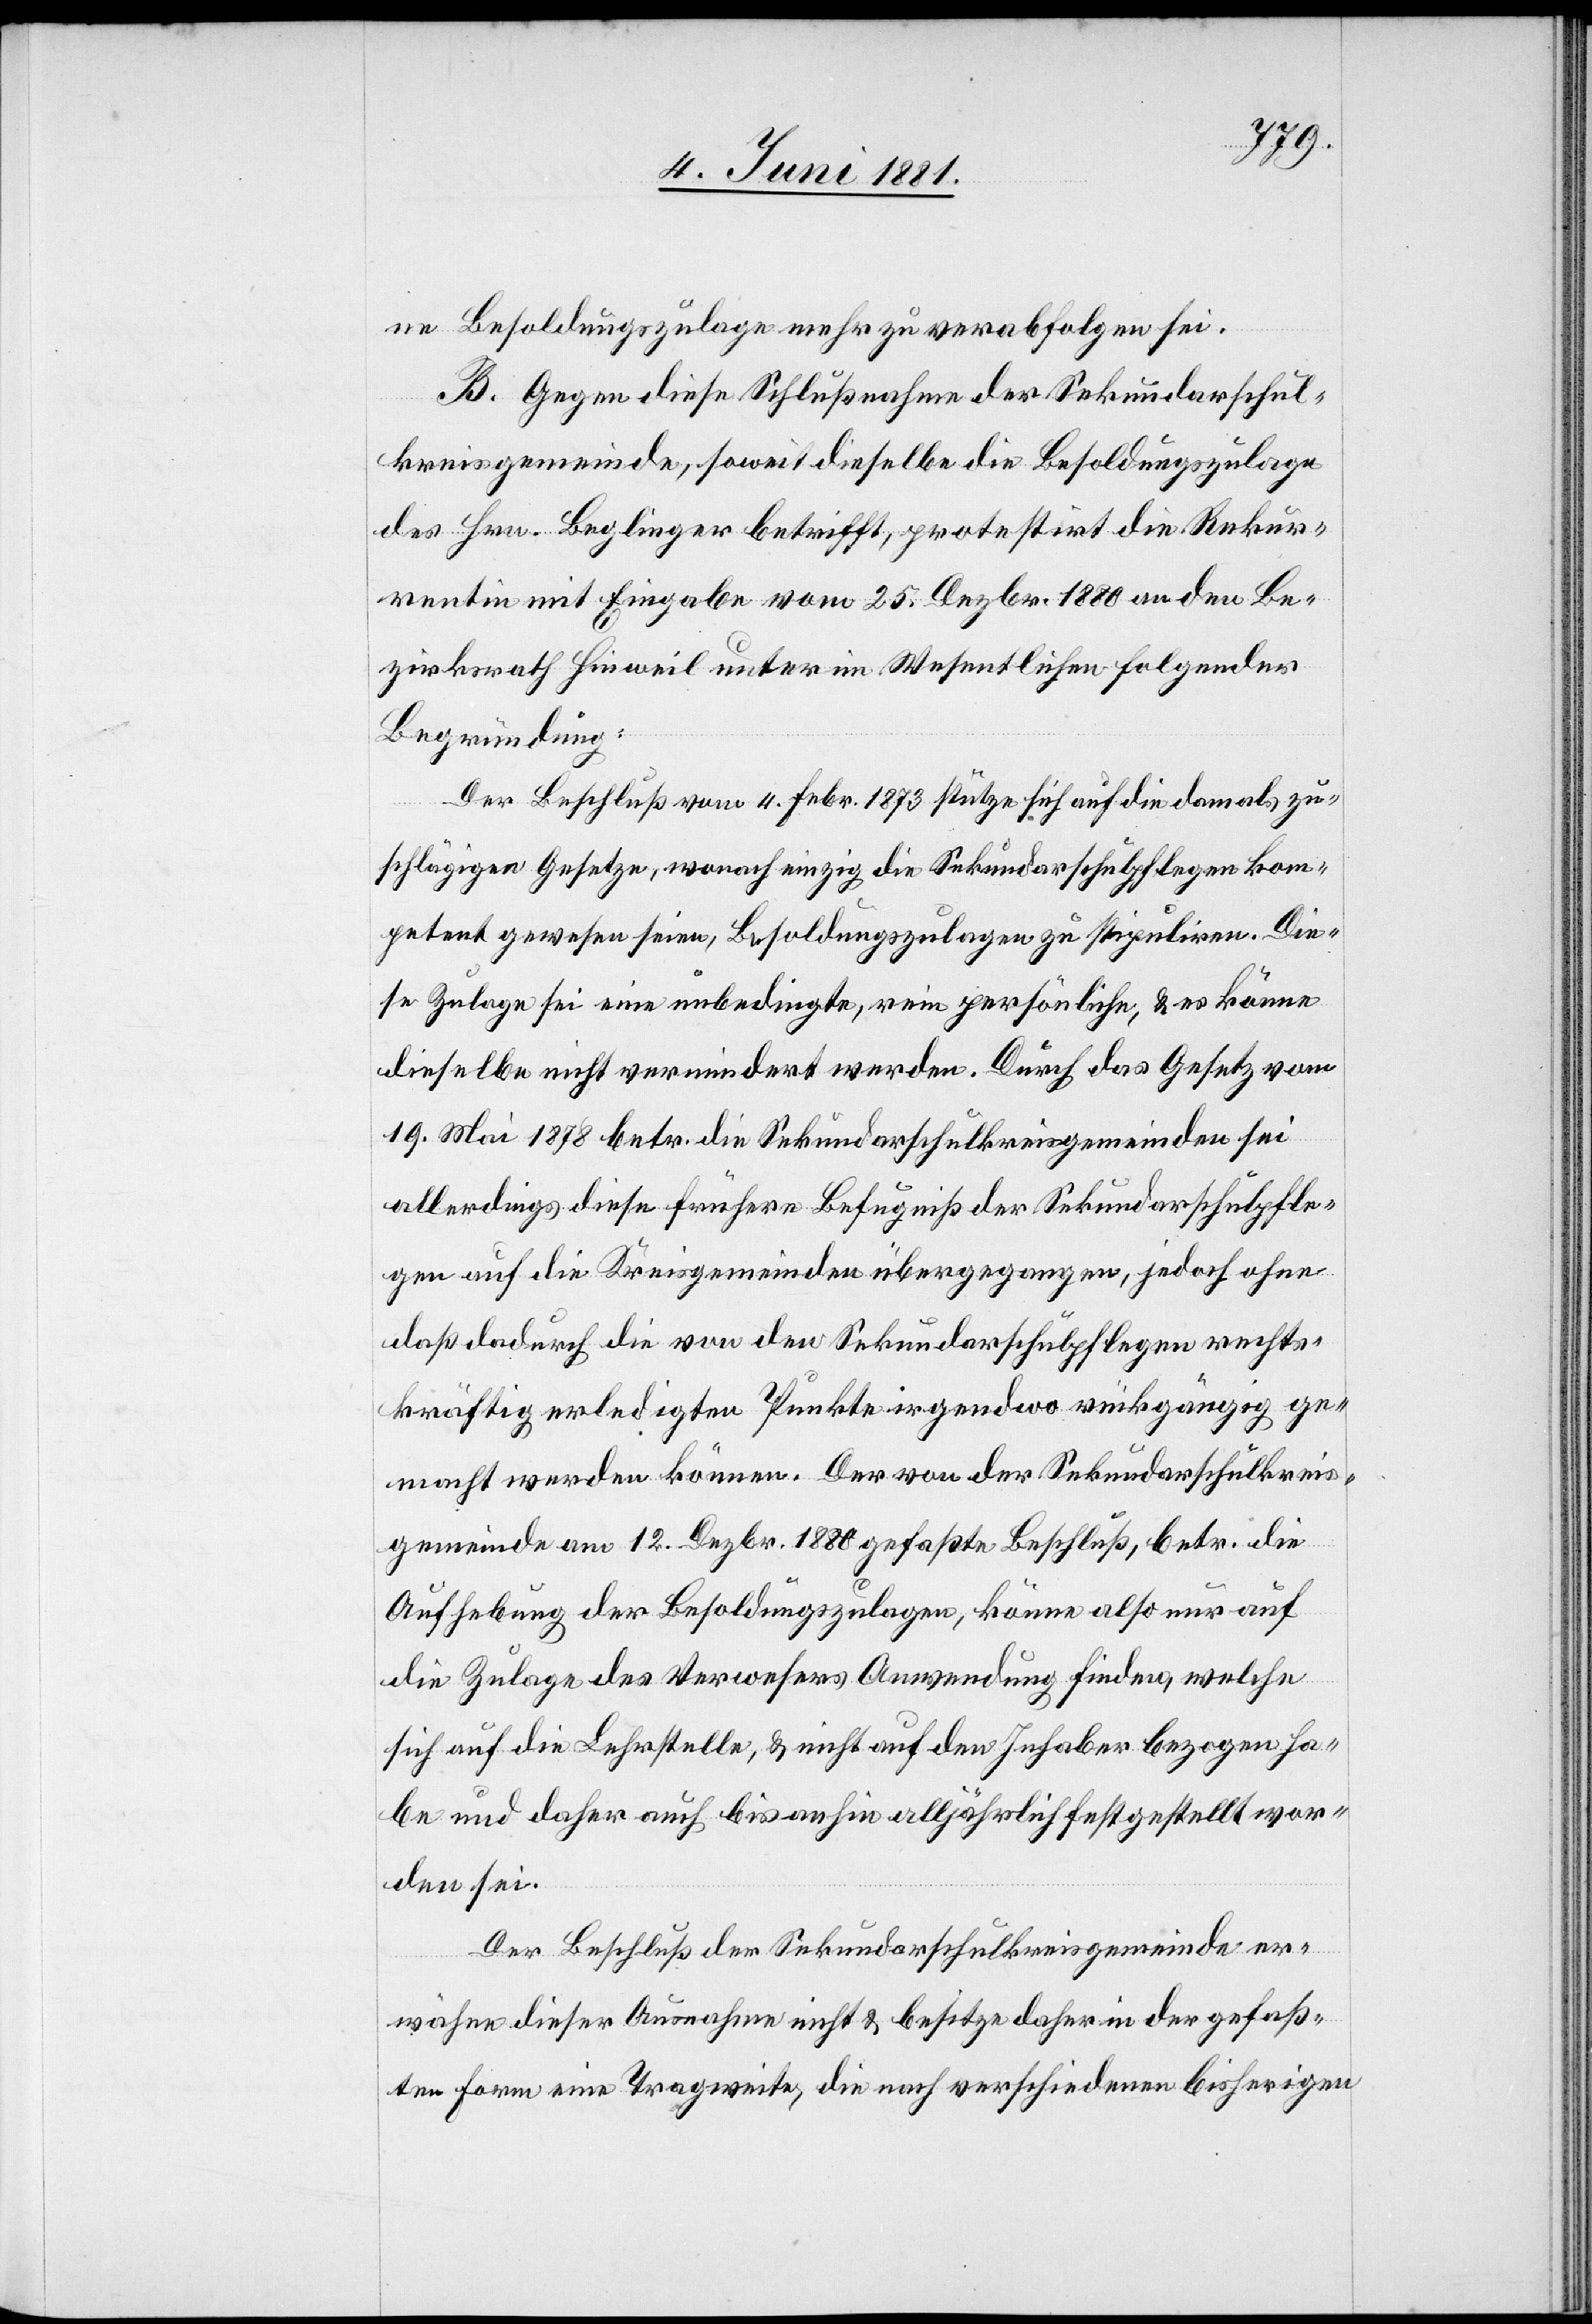
ne Besoldungszulage mehr zu verabfolgen sei.
B. Gegen diese Schlußnahme der Sekundarschul¬
kreisgemeinde, soweit dieselbe die Besoldungszulage
des Hrn. Beglinger betrifft, protestirt die Rekur¬
rentin mit Eingabe vom 25. Dezbr. 1880 an den Be¬
zirksrath Hinweil unter im Wesentlichen folgender
Begründung:
Der Beschluß vom 4. Febr. 1873 stütze sich auf die damals zu¬
schlägigen Gesetze, wonach einzig die Sekundarschulpflegen kom¬
petent gewesen seien, Besoldungszulagen zu stipuliren. Die¬
se Zulage sei eine unbedingte, rein persönliche, & es könne
dieselbe nicht vermindert werden. Durch das Gesetz vom
19. Mai 1878 betr. die Sekundarschulkreisgemeinden sei
allerdings diese frühere Befugniß der Sekundarschulpfle¬
gen auf die Kreisgemeinden übergegangen, jedoch ohne
daß dadurch die von den Sekundarschulpflegen rechts¬
kräftig erledigten Punkte irgendwo rückgängig ge¬
macht werden können. Der von der Sekundarschulkreis¬
gemeinde am 12. Dezbr. 1880 gefaßte Beschluß, betr. die
Aufhebung der Besoldungszulagen, könne also nur auf
die Zulage des Verwesers Anwendung finden, welche
sich auf die Lehrstelle, & nicht auf den Inhaber bezogen ha¬
be und daher auch bis anhin alljährlich festgestellt wor¬
den sei.
Der Beschluß der Sekundarschulkreisgemeinde er¬
wähne dieser Ausnahme nicht & besitze daher in der gefaß¬
ten Form eine Tragweite, die nach verschiedenen bisherigen